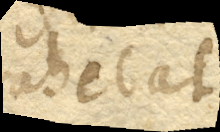
trahebat.